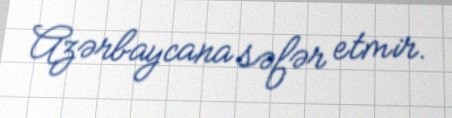
Azərbaycana səfər etmir.